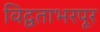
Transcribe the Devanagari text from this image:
विद्वताभरपूर